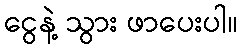
ငွေနဲ့ သွား ဖာပေးပါ။